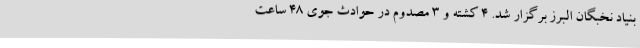
بنیاد نخبگان البرز برگزار شد. 4 کشته و 3 مصدوم در حوادث جوی 48 ساعت